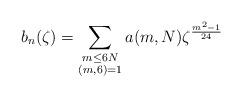
LaTeX: \begin{align*}b_n(\zeta)=\sum_{\substack{m\leq 6N \\ (m, 6)=1}} a(m, N)\zeta^{\frac{m^2-1}{24}}\end{align*}